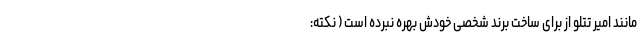
مانند امیر تتلو از برای ساخت برند شخصی خودش بهره نبرده است ( نکته: